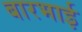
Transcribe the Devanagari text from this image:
बारभाई